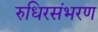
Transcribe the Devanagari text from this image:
रुधिरसंभरण